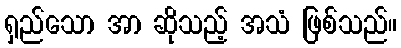
ရှည်သော အာ ဆိုသည့် အသံ ဖြစ်သည်။